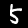
Label: 5